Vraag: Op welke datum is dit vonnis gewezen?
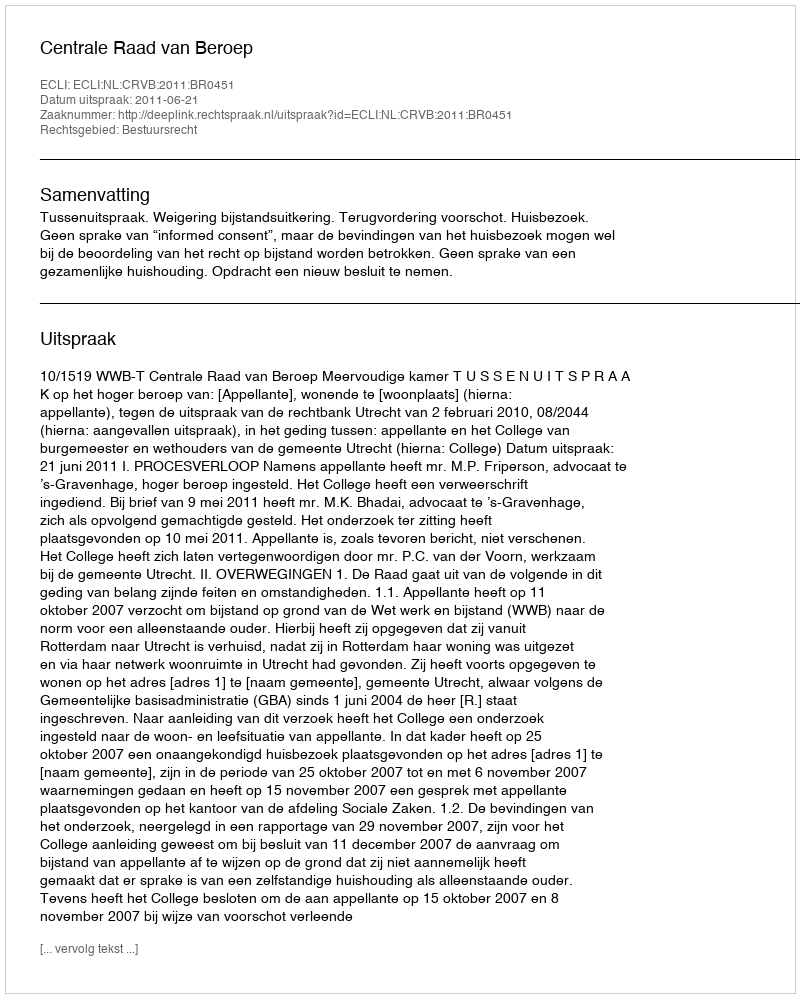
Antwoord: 2011-06-21